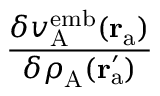
\frac { \delta v _ { \mathrm { A } } ^ { \mathrm { e m b } } ( \mathbf { r } _ { \mathrm { a } } ) } { \delta \rho _ { \mathrm { A } } ( \mathbf { r } _ { \mathrm { a } } ^ { \prime } ) }